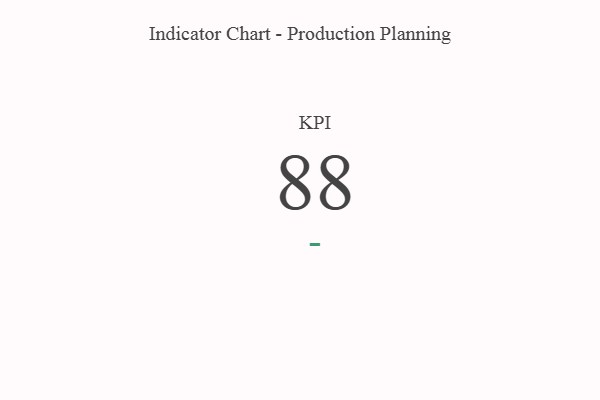
{"axis": {"x": "KPI", "y": "Value"}, "legend": [""], "data": [{"x": "KPI", "y": 88, "type": ""}]}